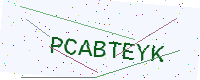
Text: PCABTEYK